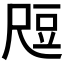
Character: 𬤶